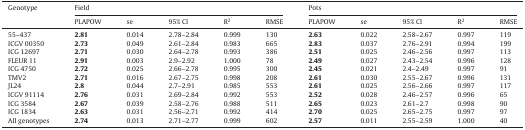
<table><thead><tr><td><b>Genotype</b></td><td colspan="5"><b>Field</b></td><td colspan="5"><b>Pots</b></td></tr><tr><td></td><td><b>PLAPOW</b></td><td><b>se</b></td><td><b>95% CI</b></td><td><b>R<sup>2</sup></b></td><td><b>RMSE</b></td><td><b>PLAPOW</b></td><td><b>se</b></td><td><b>95% CI</b></td><td><b>R<sup>2</sup></b></td><td><b>RMSE</b></td></tr></thead><tbody><tr><td>55–437</td><td><b>2.81</b></td><td>0.014</td><td>2.78–2.84</td><td>0.999</td><td>130</td><td><b>2.63</b></td><td>0.022</td><td>2.58–2.67</td><td>0.997</td><td>119</td></tr><tr><td>ICGV 00350</td><td><b>2.73</b></td><td>0.049</td><td>2.61–2.84</td><td>0.983</td><td>665</td><td><b>2.83</b></td><td>0.037</td><td>2.76–2.91</td><td>0.994</td><td>199</td></tr><tr><td>ICG 12697</td><td><b>2.71</b></td><td>0.030</td><td>2.64–2.78</td><td>0.993</td><td>386</td><td><b>2.51</b></td><td>0.025</td><td>2.46–2.56</td><td>0.997</td><td>113</td></tr><tr><td>FLEUR 11</td><td><b>2.91</b></td><td>0.003</td><td>2.9–2.92</td><td>1.000</td><td>78</td><td><b>2.49</b></td><td>0.027</td><td>2.43–2.54</td><td>0.996</td><td>128</td></tr><tr><td>ICG 4750</td><td><b>2.72</b></td><td>0.025</td><td>2.66–2.78</td><td>0.995</td><td>300</td><td><b>2.45</b></td><td>0.021</td><td>2.4–2.49</td><td>0.997</td><td>91</td></tr><tr><td>TMV2</td><td><b>2.71</b></td><td>0.016</td><td>2.67–2.75</td><td>0.998</td><td>208</td><td><b>2.61</b></td><td>0.030</td><td>2.55–2.67</td><td>0.996</td><td>131</td></tr><tr><td>JL24</td><td><b>2.8</b></td><td>0.044</td><td>2.7–2.91</td><td>0.985</td><td>553</td><td><b>2.61</b></td><td>0.025</td><td>2.56–2.66</td><td>0.997</td><td>117</td></tr><tr><td>ICGV 91114</td><td><b>2.76</b></td><td>0.031</td><td>2.69–2.84</td><td>0.992</td><td>553</td><td><b>2.52</b></td><td>0.028</td><td>2.46–2.57</td><td>0.996</td><td>65</td></tr><tr><td>ICG 3584</td><td><b>2.67</b></td><td>0.039</td><td>2.58–2.76</td><td>0.988</td><td>511</td><td><b>2.65</b></td><td>0.023</td><td>2.61–2.7</td><td>0.998</td><td>90</td></tr><tr><td>ICG 1834</td><td><b>2.63</b></td><td>0.031</td><td>2.56–2.71</td><td>0.992</td><td>414</td><td><b>2.70</b></td><td>0.025</td><td>2.65–2.75</td><td>0.997</td><td>97</td></tr><tr><td>All genotypes</td><td><b>2.74</b></td><td>0.013</td><td>2.71–2.77</td><td>0.999</td><td>602</td><td><b>2.57</b></td><td>0.011</td><td>2.55–2.59</td><td>1.000</td><td>40</td></tr></tbody></table>